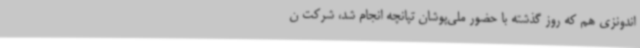
اندونزی هم که روز گذشته با حضور ملی‌پوشان تپانچه انجام شد، شرکت ن